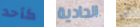
كأحد الحادية من